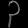
Digit: ၃